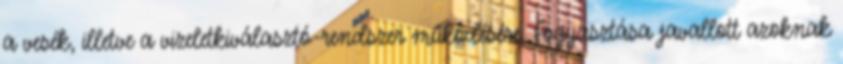
a vesék, illetve a vizeletkiválasztó-rendszer működésére. Fogyasztása javallott azoknak